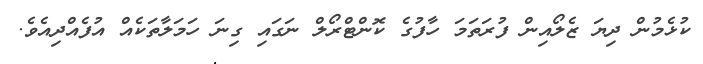
ކުޅެމުން ދިޔަ ޒެލޯއިން ފުރަތަމަ ހާފުގެ ކޮންޓްރޯލް ނަގައި ގިނަ ހަމަލާތަކެއް އުފެއްދިއެވެ.